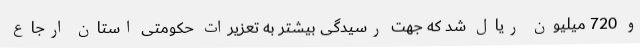
و 720 میلیون ریال شد که جهت رسیدگی بیشتر به تعزیرات حکومتی استان ارجاع